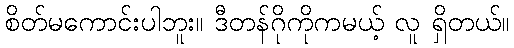
စိတ်မကောင်းပါဘူး။ ဒီတန်ဂိုကိုကမယ့် လူ ရှိတယ်။